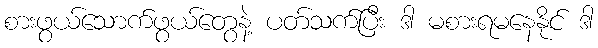
စားဖွယ်သောက်ဖွယ်တွေနဲ့ ပတ်သက်ပြီး ဒါ မစားရမနေနိုင် ဒါ